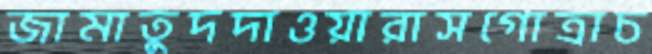
জামাতুদদাওয়ারাসগোত্রাচ